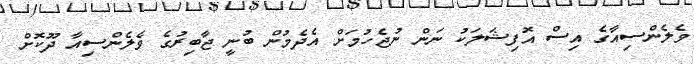
ވެލެންސިއާގެ އިސް އޮފިޝަލަކު ނަން ނުޖެހުމަށް އެދެމުން ބުނީ ޖާބިރުގެ ވެލެންސިއާ ދޫކޮށް